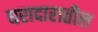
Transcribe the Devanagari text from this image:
घरादारातील